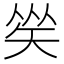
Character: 𥏀